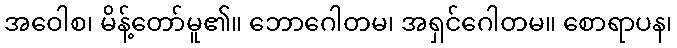
အဝေါစ၊ မိန့်တော်မူ၏။ ဘောဂေါတမ၊ အရှင်ဂေါတမ။ စောရာပန၊